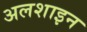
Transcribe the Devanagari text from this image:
अलशाइन